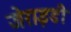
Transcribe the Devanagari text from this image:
जेराइडी